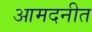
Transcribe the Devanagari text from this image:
आमदनीत